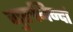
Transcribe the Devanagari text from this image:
गुरुनिन्दां